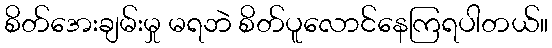
စိတ်အေးချမ်းမှု မရဘဲ စိတ်ပူလောင်နေကြရပါတယ်။